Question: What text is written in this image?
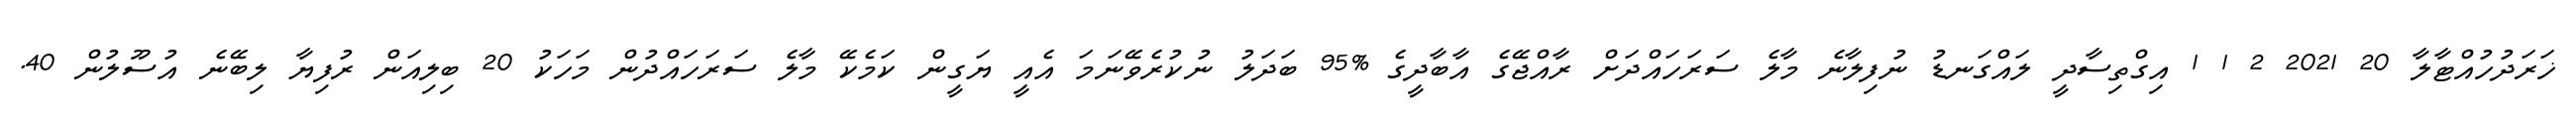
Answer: ޚަރަދުހުއްޓާލާ 20 2021 2 1 1 އިގްތިސާދީ ލައްގަނޑު ނުފިލާނެ މާލެ ސަރަހައްދަށް ރާއްޖޭގެ އާބާދީގެ %95 ބަދަލު ނުކުރެވޭނަމަ އެއީ ޔަގީން ކަމެކޭ މާލެ ސަރަހައްދުން މަހަކު 20 ބިލިއަން ރުފިޔާ ލިބޭނެ އުސޫލުން 40.